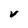
Character: V